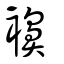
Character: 襣